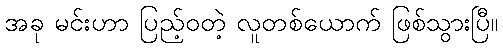
အခု မင်းဟာ ပြည့်ဝတဲ့ လူတစ်ယောက် ဖြစ်သွားပြီ။